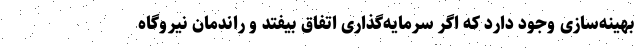
بهینه‌سازی وجود دارد که اگر سرمایه‌گذاری اتفاق بیفتد و راندمان نیروگاه